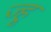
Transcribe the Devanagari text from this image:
ज्हू